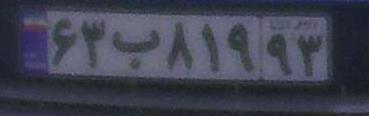
۶۳ب۸۱۹۹۳